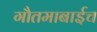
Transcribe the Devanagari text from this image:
गौतमाबाईच